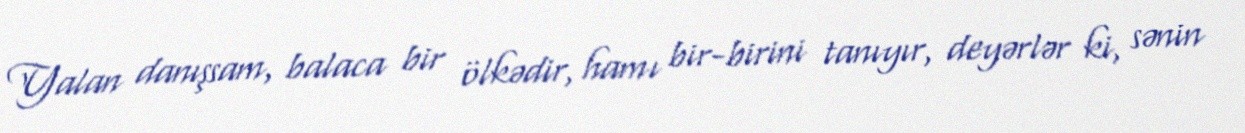
Yalan danışsam, balaca bir ölkədir, hamı bir-birini tanıyır, deyərlər ki, sənin